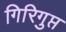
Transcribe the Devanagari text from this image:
गिरिगुप्त